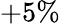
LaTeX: +5\%